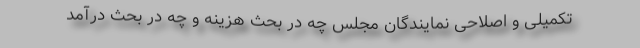
تکمیلی و اصلاحی نمایندگان مجلس چه در بحث هزینه و چه در بحث درآمد